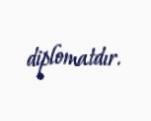
diplomatdır.